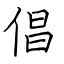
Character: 倡